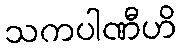
သကပါဏီဟိ